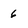
Character: 6